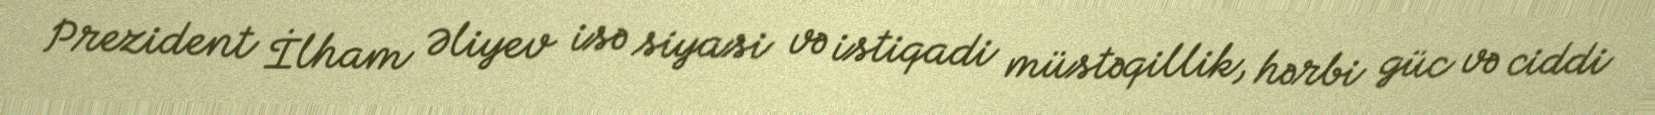
Prezident İlham Əliyev isə siyasi və istiqadi müstəqillik, hərbi güc və ciddi